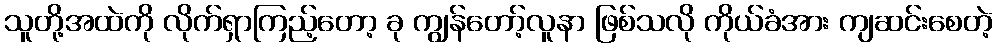
သူတို့အထဲကို လိုက်ရှာကြည့်တော့ ခု ကျွန်တော့်လူနာ ဖြစ်သလို ကိုယ်ခံအား ကျဆင်းစေတဲ့